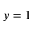
y = 1